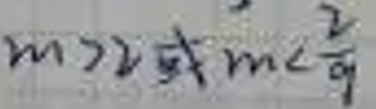
$m > 2  $或$  m < \frac{2}{9}$